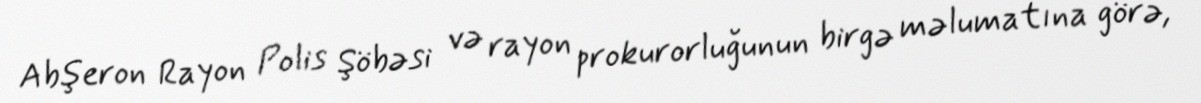
Abşeron Rayon Polis Şöbəsi və rayon prokurorluğunun birgə məlumatına görə,